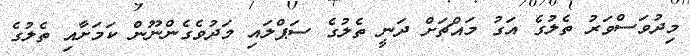
މިދުވަސްވަރު ތެލުގެ އަގު މައްޗަށް ދަނީ ތެލުގެ ސަޕްލައި މަދުވެގެންނޫން ކަމަށާއި ތެލުގެ